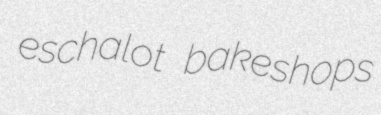
eschalot bakeshops